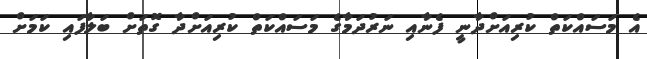
އެ މަސައްކަތް ކުރިއަށްދާނީ ފެނާއި ނަރުދަމާގެ މަސައްކަތް ކުރިއަށްދާ ގޮތަށް ބަލާފައި ކަމަށް